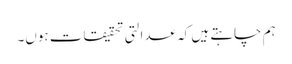
ہم چاہتے ہیں کہ عدالتی تحقیقات ہوں۔